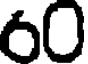
60